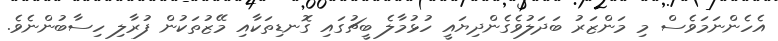
އެހެންނަމަވެސް މި މަންޒަރު ބަދަލުވެގެންދިޔައީ ހުޅުމާލެ ބީޗުގައި ގޮނޑިތަކާއި މޭޒުތަކުން ފުރާލި ހިސާބުންނެވެ.